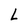
Character: L